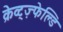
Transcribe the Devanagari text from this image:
क्रेव्ट्ज़्फेल्डि